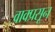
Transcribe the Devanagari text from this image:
वाक्प्रसून